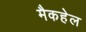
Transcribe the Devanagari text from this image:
मैकहेल